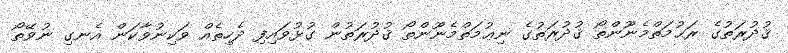
ޤުދުރަތުގެ ރަޙުމަތްމެނޫންތޯ ޤުދުރަތުގެ ނިޢުމަތްމެނޫންތޯ ޤުދުރަތުން ގުޅުވައިފި ދެހިތެއް ވަކިނުވާކަން އެނގި ނުވޭތޯ